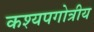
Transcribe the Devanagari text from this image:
कश्यपगोत्रीय